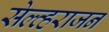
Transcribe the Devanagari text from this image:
सेल्व्हराजन